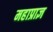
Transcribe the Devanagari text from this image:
महाप्राज्ञ